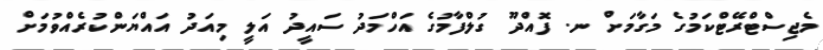
މެޖިސްޓްރޭޓްކަމުގެ މަގާމަށް ނ. ފޮއްދޫ ގުލްފާމުގެ އަހްމަދު ސައީދު އަލީ މިއަދު އައްޔަންކުރެއްވުމަށް